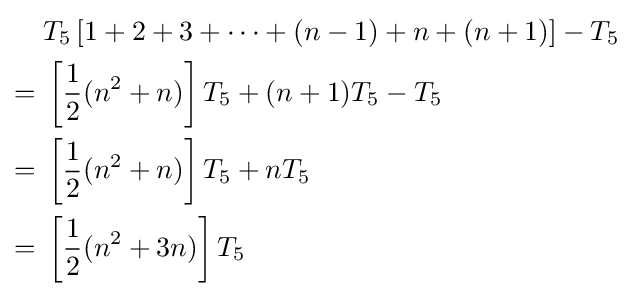
{\begin{aligned}&T_{5}\left[1+2+3+\cdots +(n-1)+n+(n+1)\right]-T_{5}\\={}&\left[{\frac {1}{2}}(n^{2}+n)\right]T_{5}+(n+1)T_{5}-T_{5}\\={}&\left[{\frac {1}{2}}(n^{2}+n)\right]T_{5}+nT_{5}\\={}&\left[{\frac {1}{2}}(n^{2}+3n)\right]T_{5}\end{aligned}}